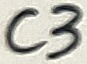
Text: C3